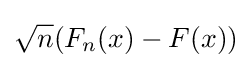
{\sqrt {n}}(F_{n}(x)-F(x))